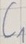
Text: C1